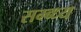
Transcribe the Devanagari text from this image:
सम्ब्ध्य